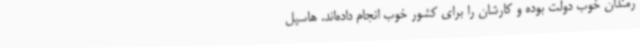
رمندان خوب دولت بوده و کارشان را برای کشور خوب انجام داده‌اند. هاسپل